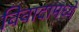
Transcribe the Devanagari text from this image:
विवादामध्ये